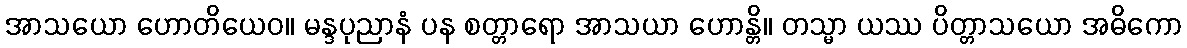
အာသယော ဟောတိယေဝ။ မန္ဒပုညာနံ ပန စတ္တာရော အာသယာ ဟောန္တိ။ တသ္မာ ယဿ ပိတ္တာသယော အဓိကော